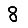
Digit: 8